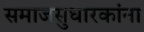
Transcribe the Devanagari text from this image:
समाजसुधारकांना